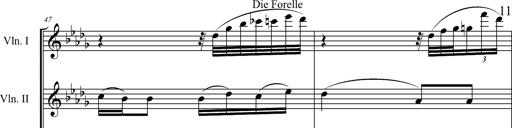
Title: 6 Melodien von Franz Schubert
Composer: Franz Liszt